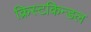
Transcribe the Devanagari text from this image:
क्रिस्टकिन्डल